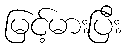
မြင့်မားပြီး